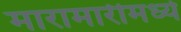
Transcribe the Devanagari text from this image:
मारामारीमध्ये